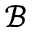
\mathcal { B }